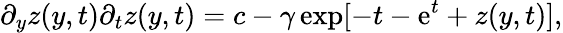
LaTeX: \partial_{y}z(y,t)\partial_{t}z(y,t)=c-\gamma\exp[-t-\mathrm{e}^{t}+z(y,t)],